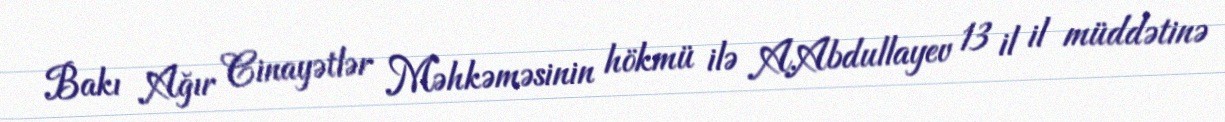
Bakı Ağır Cinayətlər Məhkəməsinin hökmü ilə A.Abdullayev 13 il il müddətinə